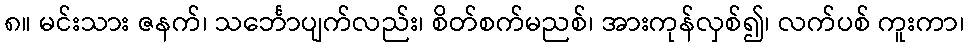
၈။ မင်းသား ဇနက်၊ သင်္ဘောပျက်လည်း၊ စိတ်စက်မညစ်၊ အားကုန်လှစ်၍၊ လက်ပစ် ကူးကာ၊